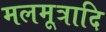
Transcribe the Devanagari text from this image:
मलमूत्रादि